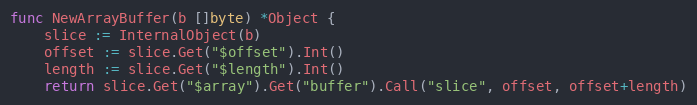
Language: Go
func NewArrayBuffer(b []byte) *Object {
	slice := InternalObject(b)
	offset := slice.Get("$offset").Int()
	length := slice.Get("$length").Int()
	return slice.Get("$array").Get("buffer").Call("slice", offset, offset+length)